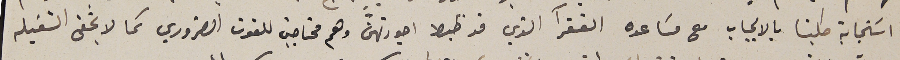
اسَتجابة طلبنا بالايجاب مع مسَاعده الفقرآ الذي قد ظبط اجورتهنَ وهم محتاجين للقوت الضروري كما لا يخفى الشغيله